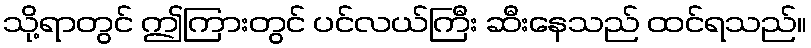
သို့ရာတွင် ဤကြားတွင် ပင်လယ်ကြီး ဆီးနေသည် ထင်ရသည်။